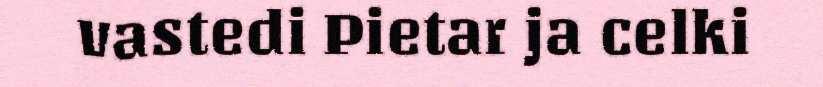
vastedi Pietar ja celki